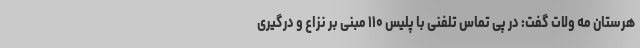
هرستان مه ولات گفت: در پی تماس تلفنی با پلیس ۱۱۰ مبنی بر نزاع و درگیری